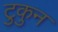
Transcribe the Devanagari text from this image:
टुकुन